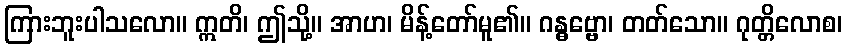
ကြားဘူးပါသလော။ ဣတိ၊ ဤသို့။ အာဟ၊ မိန့်တော်မူ၏။ ဂန္ဓဗ္ဗော၊ တတ်သော။ ဂုတ္တိလောစ၊